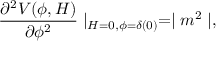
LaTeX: \frac { \partial ^ { 2 } V ( \phi , H ) } { \partial \phi ^ { 2 } } \mid _ { H = 0 , \phi = \delta ( 0 ) } = \mid m ^ { 2 } \mid ,